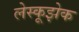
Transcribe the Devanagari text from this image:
लेस्कूझेक